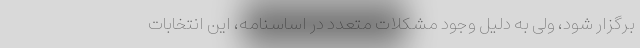
برگزار شود، ولی به‌ دلیل وجود مشکلات متعدد در اساسنامه، این انتخابات